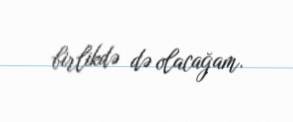
birlikdə də olacağam.